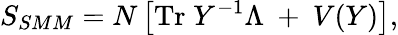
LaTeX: S_{SMM}=N\left[\mathrm{Tr}\; Y^{-1}\Lambda~+~V(Y)\right],